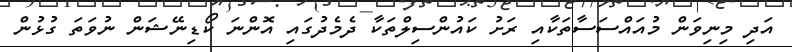
އަދި މިނިވަން މުއައްސަސާތަކާއި ރަށު ކައުންސިލްތަކާ ދެމެދުގައި އޮންނަ ކޯޑިނޭޝަން ނުވަތަ ގުޅުން